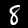
Digit: 8